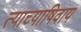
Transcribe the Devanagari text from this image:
त्याच्याषिवाय